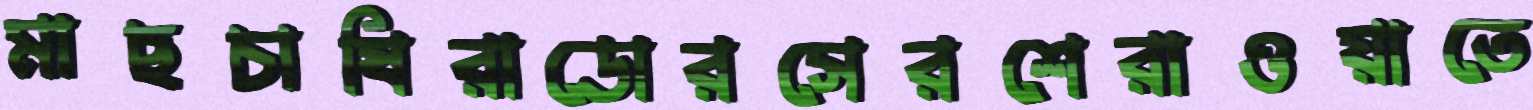
মাছচাষিরাডোরসেরশেরাওয়াতে